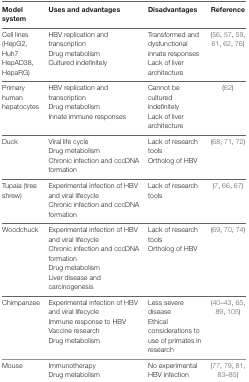
| Model system | Uses and advantages | Disadvantages | Reference |
 | --- | --- | --- | --- |
 | Cell lines (HepG2, Huh7 HepAD38, HepaRG) | HBV replication and transcriptionDrug metabolismCultured indefinitely | Transformed and dysfunctional innate responsesLack of liver architecture | (56, 57, 59, 61, 62, 76) |
 | Primary human hepatocytes | HBV replication and transcriptionDrug metabolismInnate immune responses | Cannot be cultured indefinitelyLack of liver architecture | (62) |
 | Duck | Viral life cycleDrug metabolismChronic infection and cccDNA formation | Lack of research toolsOrtholog of HBV | (68, 71, 72) |
 | Tupaia (tree shrew) | Experimental infection of HBV and viral lifecycleChronic infection and cccDNA formation | Lack of research tools | (7, 66, 67) |
 | Woodchuck | Experimental infection of HBV and viral lifecycleChronic infection and cccDNA formationDrug metabolismLiver disease and carcinogenesis | Lack of research toolsOrtholog of HBV | (69, 70, 74) |
 | Chimpanzee | Experimental infection of HBV and viral lifecycleImmune response to HBVVaccine researchDrug metabolism | Less severe diseaseEthical considerations to use of primates in research | (40–43, 65, 89, 105) |
 | Mouse | ImmunotherapyDrug metabolism | No experimental HBV infection | (77, 79, 81, 83–85) |